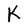
Character: K